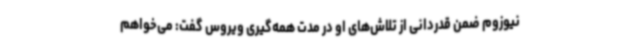
نیوزوم ضمن قدردانی از تلاش‌های او در مدت همه‌گیری ویروس گفت: می‌خواهم